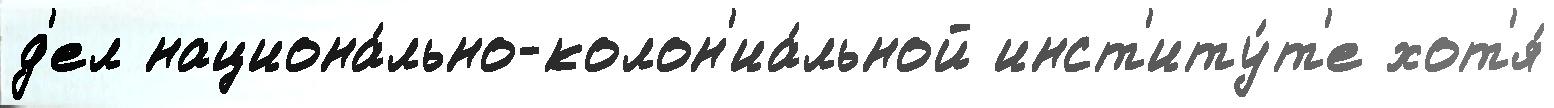
д'ел национа́льно-колон'иа́льной инст'иту́т'е хот'я́